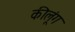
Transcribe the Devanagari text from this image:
कीलूंग